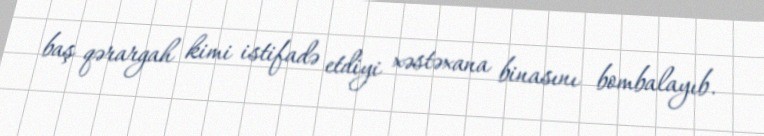
baş qərargah kimi istifadə etdiyi xəstəxana binasını bombalayıb.